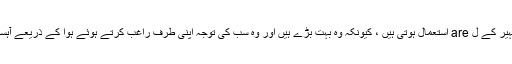
آج کل جھپکیاں تشہیر کے ل are استعمال ہوتی ہیں ، کیونکہ وہ بہت بڑے ہیں اور وہ سب کی توجہ اپنی طرف راغب کرتے ہوئے ہوا کے ذریعے آہستہ سے تیرتے ہیں۔